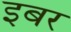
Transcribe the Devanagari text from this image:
इबर